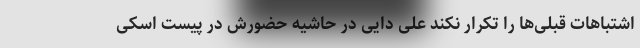
اشتباهات قبلی‌ها را تکرار نکند علی دایی در حاشیه حضورش در پیست اسکی